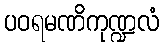
ပဝရမဏိကုဏ္ဍလံ